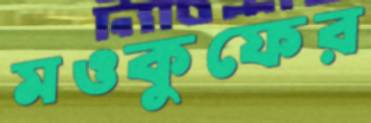
মওকুফের